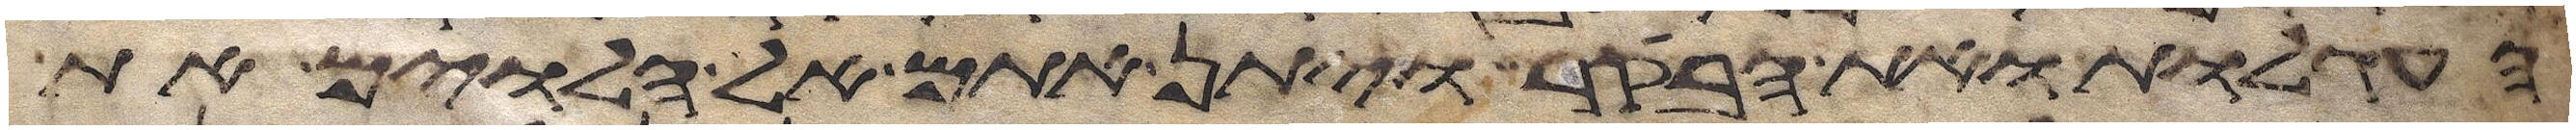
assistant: העגלות ואת הבקר ויתן אתם אל הלוים את